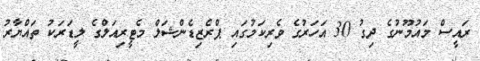
ރައީސް މައުމޫނުގެ ދިގު 30 އަހަރުގެ ވެރިކަމުގައި ޕްރެޒިޑެންޝަލް މެޓީރިއަލްގެ ލީޑަރަކު ތައްޔާރު